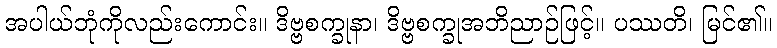
အပါယ်ဘုံကိုလည်းကောင်း။ ဒိဗ္ဗစက္ခုနာ၊ ဒိဗ္ဗစက္ခုအဘိညာဉ်ဖြင့်။ ပဿတိ၊ မြင်၏။